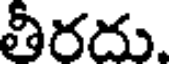
తీరదు.